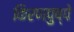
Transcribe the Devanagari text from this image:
किरणपुष्पे